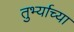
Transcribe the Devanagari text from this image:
तुर्भ्याच्या